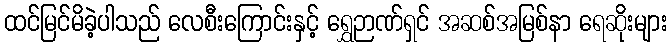
ထင်မြင်မိခဲ့ပါသည် လေစီးကြောင်းနှင့် ရွှေဉာဏ်ရှင် အဆစ်အမြစ်နာ ရေဆိုးများ